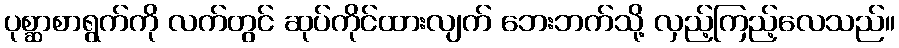
ပုစ္ဆာစာရွက်ကို လက်တွင် ဆုပ်ကိုင်ထားလျက် ဘေးဘက်သို့ လှည့်ကြည့်လေသည်။